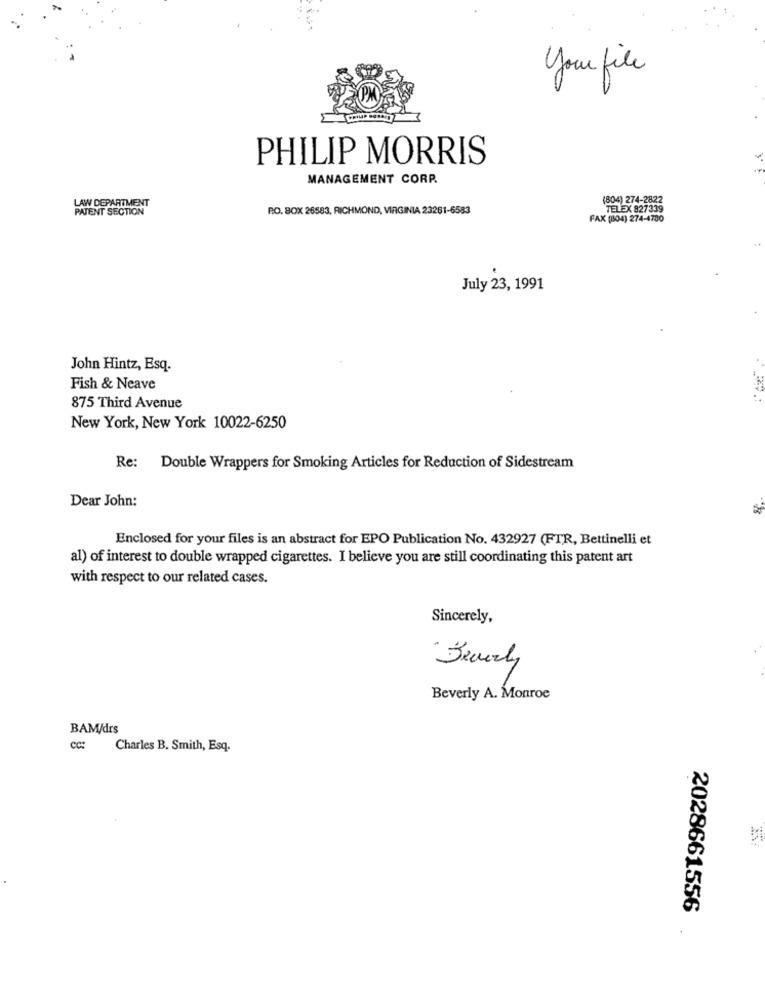
Your file
PHILIP MORRIS
MANAGEMENT CORP.
LAW DEPARTMENT
(804) 274-2822
PATENT SECTION
R.O. BOX 26583, RICHMOND, VIRGINIA 23261-6583
TELEX 827339
FAX (804) 274-4700
July 23, 1991
John Hintz, Esq.
Fish & Neave
875 Third Avenue
New York, New York 10022-6250
Re: Double Wrappers for Smoking Articles for Reduction of Sidestream
Dear John:
Enclosed for your files is an abstract for EPO Publication No. 432927 (FTR, Bettinelli et
al) of interest to double wrapped cigarettes. I believe you are still coordinating this patent art
with respect to our related cases.
Sincerely,
Beverly A. Monroe
BAM/drs
cc:
Charles B. Smith, Esq.
2028661556